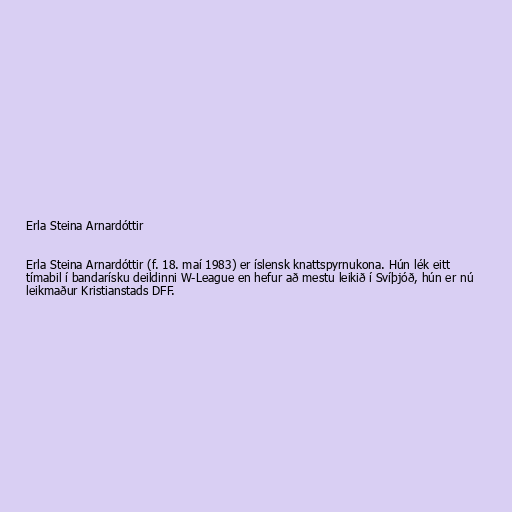
Erla Steina Arnardóttir

Erla Steina Arnardóttir (f. 18. maí 1983) er íslensk knattspyrnukona. Hún lék eitt
tímabil í bandarísku deildinni W-League en hefur að mestu leikið í Svíþjóð, hún er nú
leikmaður Kristianstads DFF.